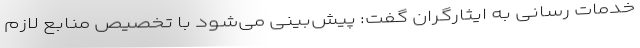
خدمات رسانی به ایثارگران گفت: پیش‌بینی می‌شود با تخصیص منابع لازم